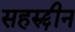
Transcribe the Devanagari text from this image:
सहरुद्दीन